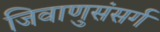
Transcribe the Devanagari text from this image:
जिवाणुसंसर्ग